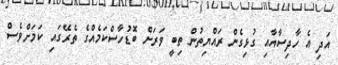
އަދި އެ ހާދިސާއާއި ގުޅިގެން ރައްޔިތުން ތިބީ ވަރަށް ބޮޑުހާސްކަމެއްގެ ތެރޭގައި ކަމަށްވެސް